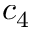
c _ { 4 }